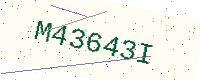
Text: M43643I